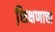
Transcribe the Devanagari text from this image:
शि़क्षणाचा